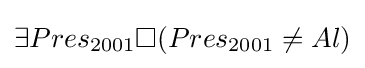
\exists {Pres_{2001}}\Box (Pres_{2001}\neq Al)